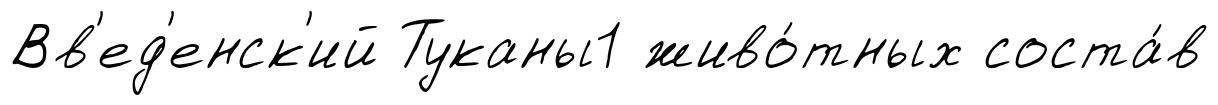
Вв'ед'енск'ий Туканы1 живо́тных соста́в